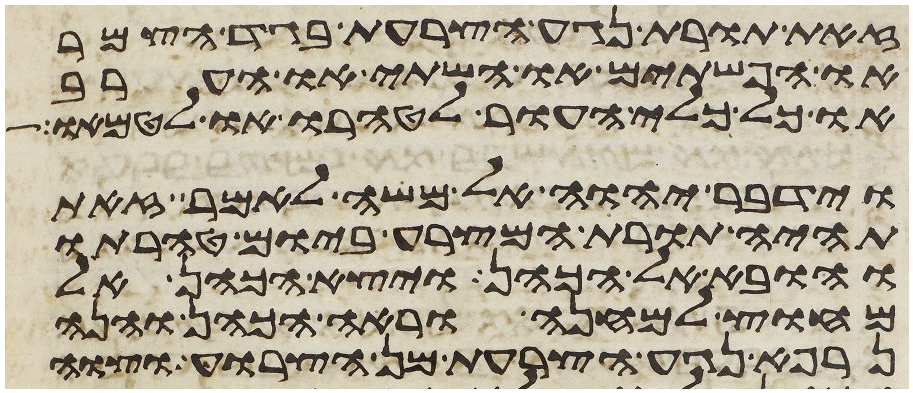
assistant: זאת תורת נגע הצרעת בגד הצמר
או הפשתים או השתי או הערב
או כל כלי העור לטהרו או לטמאו
וידבר יהוה אל משה לאמר זאת
תהיה תורת המצרע ביום טהרתו
והובא אל הכהן ויצא הכהן אל
מחוץ למחנה וראה הכהן והנה
נרפא נגע הצרעת מן הצרוע וצוה